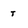
Character: t